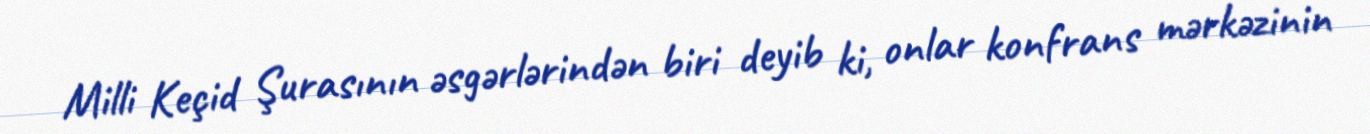
Milli Keçid Şurasının əsgərlərindən biri deyib ki, onlar konfrans mərkəzinin